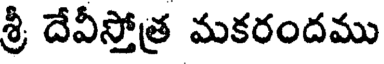
శ్రీ దేవీస్తోత్ర మకరందము